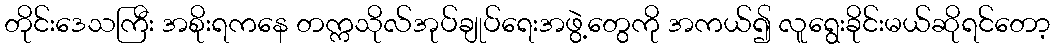
တိုင်းဒေသကြီး အစိုးရကနေ တက္ကသိုလ်အုပ်ချုပ်ရေးအဖွဲ့တွေကို အကယ်၍ လူရွေးခိုင်းမယ်ဆိုရင်တော့